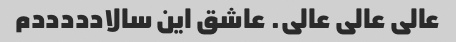
عالی عالی عالی. عاشق این سالادددددم